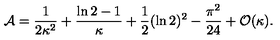
{ \cal A } = { \frac { 1 } { 2 \kappa ^ { 2 } } } + { \frac { \ln 2 - 1 } { \kappa } } + { \frac { 1 } { 2 } } ( \ln 2 ) ^ { 2 } - { \frac { \pi ^ { 2 } } { 2 4 } } + { \cal O } ( \kappa ) .